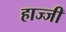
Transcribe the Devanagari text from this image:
हाज्जी